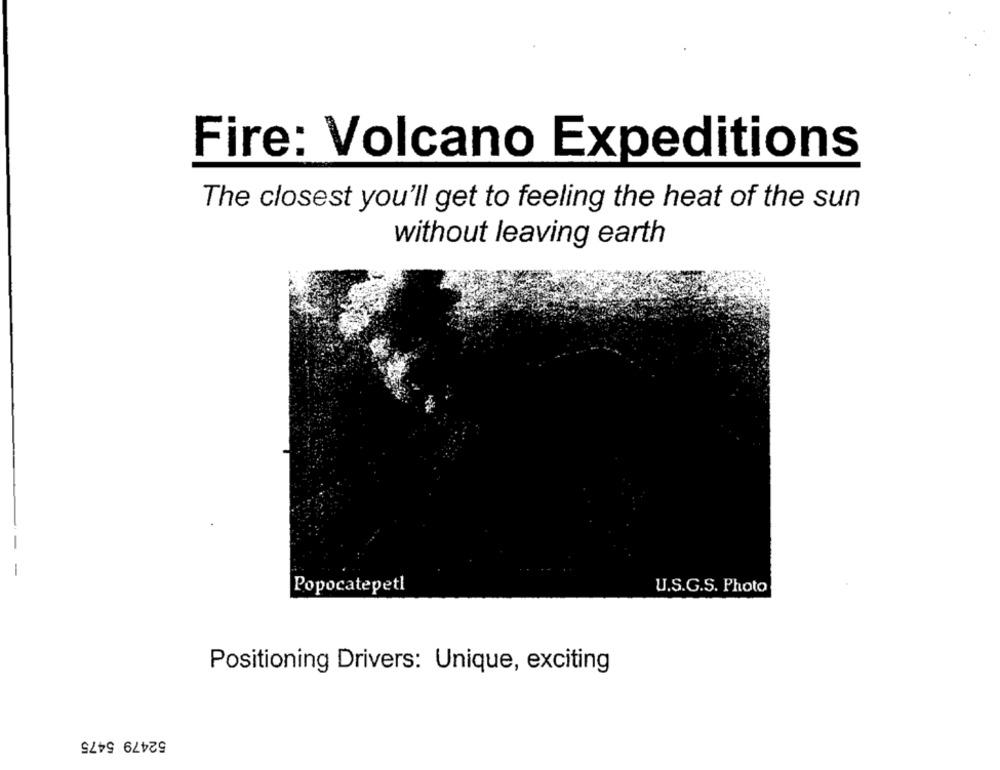
Fire: Volcano Expeditions
The closest you'll get to feeling the heat of the sun
without leaving earth
Popocatepetl
U.S.G.S. Photo
Positioning Drivers: Unique, exciting
52479 5475